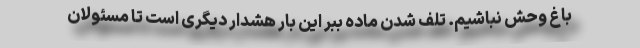
باغ وحش نباشیم. تلف شدن ماده ببر این بار هشدار دیگری است تا مسئولان